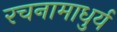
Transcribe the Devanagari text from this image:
रचनामाधुर्य